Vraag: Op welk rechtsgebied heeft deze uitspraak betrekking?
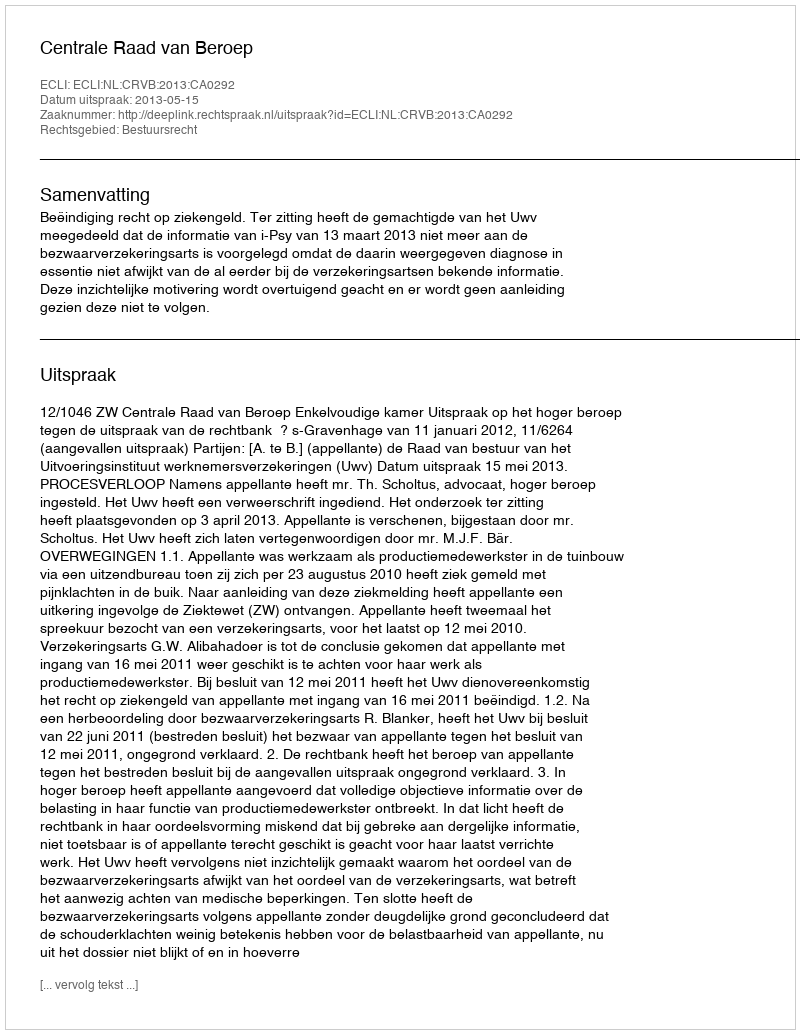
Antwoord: Bestuursrecht